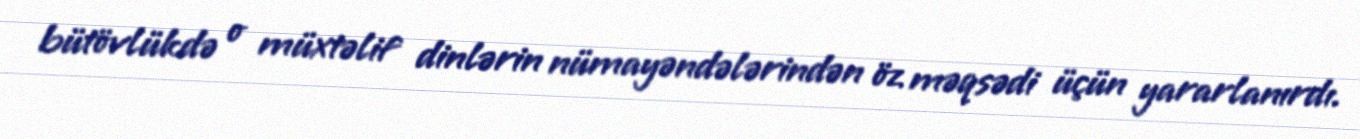
bütövlükdə o müxtəlif dinlərin nümayəndələrindən öz məqsədi üçün yararlanırdı.